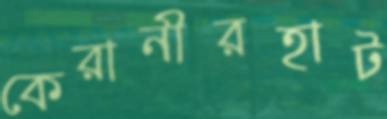
কেরানীরহাট